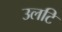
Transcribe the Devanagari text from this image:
उलटि